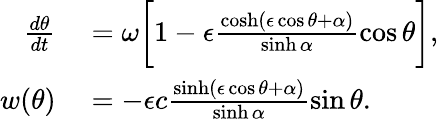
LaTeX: \begin{array}{rl}{\frac{d\theta}{dt}}&{{}=\omega\bigg[1-\epsilon\frac{\cosh(\epsilon\cos\theta+\alpha)}{\sinh\alpha}\cos\theta\bigg],}\\ {w(\theta)}&{{}=-\epsilon c\frac{\sinh(\epsilon\cos\theta+\alpha)}{\sinh\alpha}\sin\theta.}\end{array}